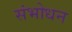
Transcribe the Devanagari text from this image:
संभोधन